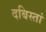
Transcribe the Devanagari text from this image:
दबिस्तां